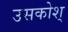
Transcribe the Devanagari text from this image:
उसकोश्